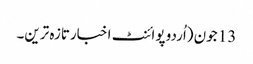
13 جون (اُردو پوائنٹ اخبارتازہ ترین۔